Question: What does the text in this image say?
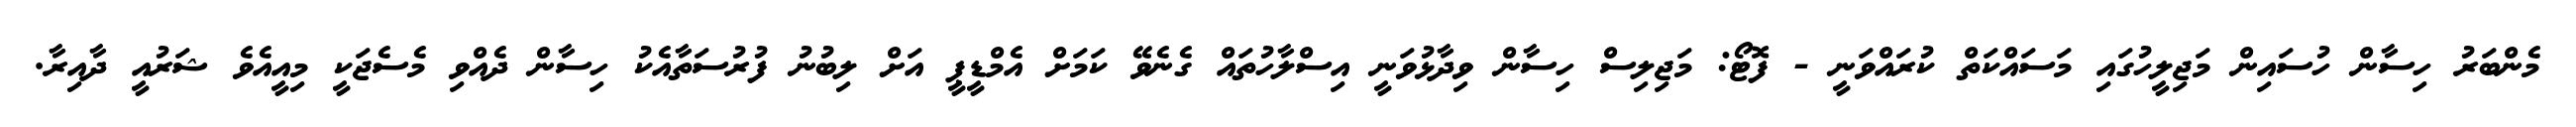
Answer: މެންބަރު ހިސާން ހުސައިން މަޖިލީހުގައި މަސައްކަތް ކުރައްވަނީ - ފޮޓޯ: މަޖިލިސް ހިސާން ވިދާޅުވަނީ އިސްލާހުތައް ގެނެވޭ ކަމަށް އެމްޑީޕީ އަށް ލިބުނު ފުރުސަތާއެކު ހިސާން ދެއްވި މެސެޖަކީ މިއީއެވެ ޝަރުއީ ދާއިރާ.